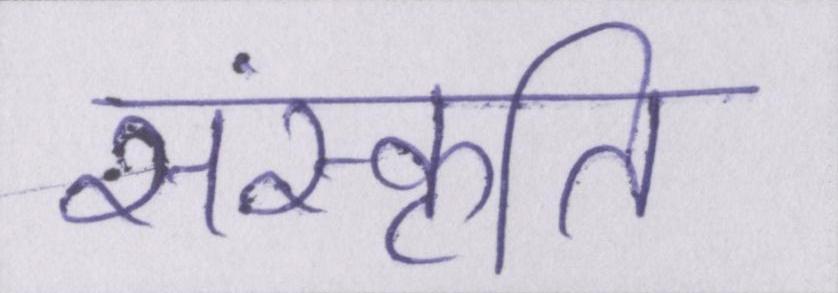
संस्कॄति